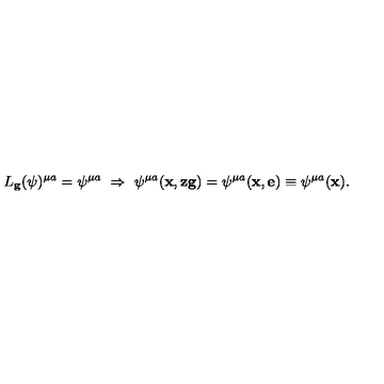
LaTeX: L _ { \mathbf { g } } ( \psi ) ^ { \mu a } = \psi ^ { \mu a } \ \Rightarrow \ \psi ^ { \mu a } ( \mathbf { x } , \mathbf { z } \mathbf { g } ) = \psi ^ { \mu a } ( \mathbf { x } , \mathbf { e } ) \equiv \psi ^ { \mu a } ( \mathbf { x } ) .